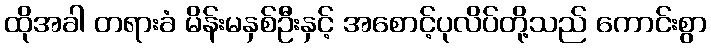
ထိုအခါ တရားခံ မိန်းမနှစ်ဦးနှင့် အစောင့်ပုလိပ်တို့သည် ကောင်းစွာ